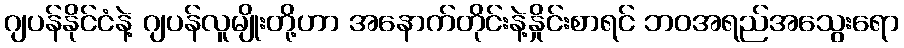
ဂျပန်နိုင်ငံနဲ့ ဂျပန်လူမျိုးတို့ဟာ အနောက်တိုင်းနဲ့နှိုင်းစာရင် ဘဝအရည်အသွေးရော